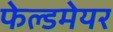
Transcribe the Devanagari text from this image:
फेल्डमेयर